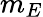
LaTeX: m_{E}